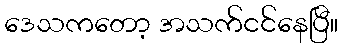
ဒေသကတော့ အသက်ငင်နေပြီ။